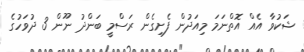
ޝަކުވާ އެއް އޮތްނަމަ މިއަދުން ފެށިގެން ރަސްމީ ބަންދު ނޫން 3 ދުވަހުގެ